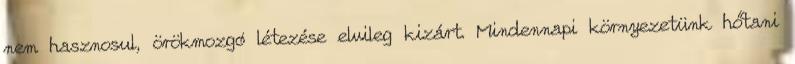
nem hasznosul, örökmozgó létezése elvileg kizárt. Mindennapi környezetünk hőtani